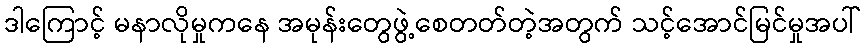
ဒါကြောင့် မနာလိုမှုကနေ အမုန်းတွေဖွဲ့စေတတ်တဲ့အတွက် သင့်အောင်မြင်မှုအပါ်